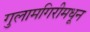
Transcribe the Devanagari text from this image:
गुलामगिरीमधून